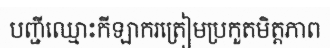
បញ្ជីឈ្មោះកីឡាករត្រៀមប្រកួតមិត្តភាព